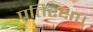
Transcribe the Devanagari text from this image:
प्रतिरक्षा।